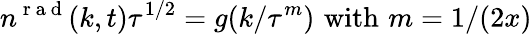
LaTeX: n^{\mathrm{~r~a~d~}}(k,t)\tau^{1/2}=g(k/\tau^{m})\, \, \mathrm{with}\, \, m=1/(2x)